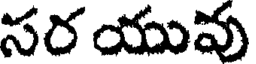
సర యువు